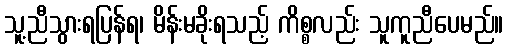
သူ့ညီသွားရပြန်ရ၊ မိန်းမခိုးရသည့် ကိစ္စလည်း သူကူညီပေမည်။